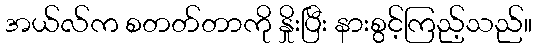
အယ်လ်က စတတ်တာကို နှိုးပြီး နားစွင့်ကြည့်သည်။